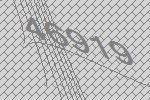
46919